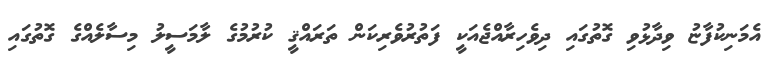
އެމަނިކުފާޏު ވިދާޅުވި ގޮތުގައި ދިވެހިރާއްޖެއަކީ ފަތުރުވެރިކަން ތަރައްޤީ ކުރުމުގެ ލާމަސީލު މިސާލެއްގެ ގޮތުގައި